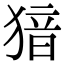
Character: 𤟟